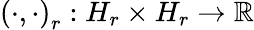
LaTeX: \left(\cdot,\cdot\right)_{r}:H_{r}\times H_{r}\rightarrow\mathbb{R}